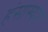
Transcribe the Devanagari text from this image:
हंसास्यम्